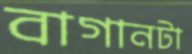
বাগানটা